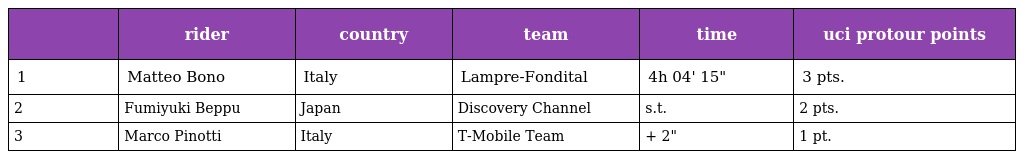
|  | rider | country | team | time | uci protour points |
 | --- | --- | --- | --- | --- | --- |
 | 1 | Matteo Bono | Italy | Lampre-Fondital | 4h 04' 15" | 3 pts. |
 | 2 | Fumiyuki Beppu | Japan | Discovery Channel | s.t. | 2 pts. |
 | 3 | Marco Pinotti | Italy | T-Mobile Team | + 2" | 1 pt. |